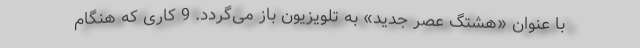
با عنوان «هشتگ عصر جدید» به تلویزیون باز می‌گردد. 9 کاری که هنگام